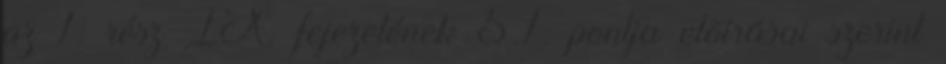
az 1. rész IX. fejezetének 5.1. pontja elõírásai szerint